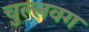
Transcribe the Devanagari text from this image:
चुल्लवग